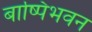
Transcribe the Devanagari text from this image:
बाष्पिभवन